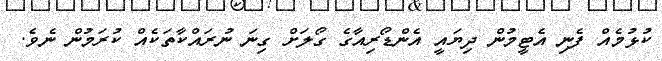
ކުޅުމެއް ފެނި އެޓީމުން ދިޔައީ އެންޑޯރިއާގެ ގޯލަށް ގިނަ ނުރައްކާތަކެއް ކުރަމުން ނެވެ.